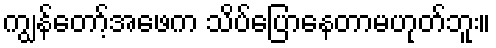
ကျွန်တော့်အဖေက သိပ်ပြောနေတာမဟုတ်ဘူး။